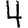
Digit: 4